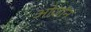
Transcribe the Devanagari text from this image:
ओज़ॉन